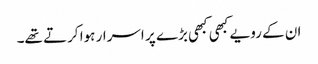
ان کے رویے کبھی کبھی بڑے پر اسرار ہوا کرتے تھے۔